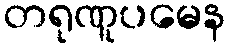
တရုဏူပမေန